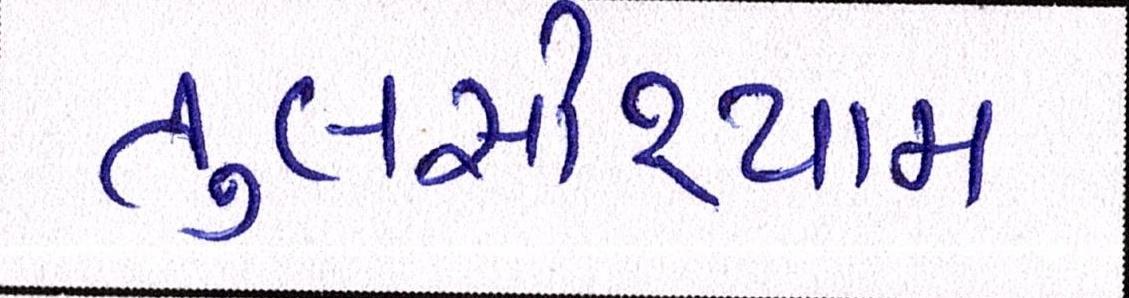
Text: તુલસીશ્યામ